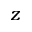
z